Vaccination in Bombay 1913-1923 - 1913-1923
Year: 1913
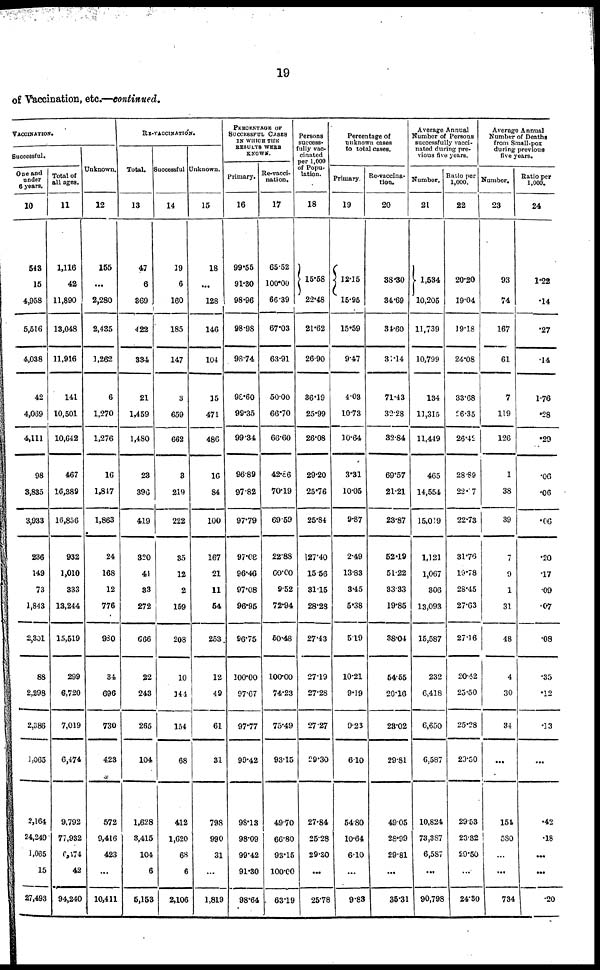
19
of Vaccination, etc.—continued.
VACCINATION.
Successful.
One and
under
6 years.
10
543
15
4,958
5,516
4,038
42
4,069
4,111
98
3,835
3,933
236
149
73
1,843
2,301
88
2,298
2,386
1,065
2,164
24,249
1,065
15
27,493
Total of
all ages.
11
1,116
42
11,890
13,048
11,916
141
10,501
10,642
467
16,389
16,856
932
1,010
333
13,244
15,519
299
6,720
7,019
6,474
9,792
77,932
6,474
42
94,240
Unknown.
12
155
...
2,280
2,435
1,262
6
1,270
1,276
16
1,847
1,863
24
168
12
776
980
34
696
730
423
572
9,416
423
...
10,411
RE-VACCINATION.
Total.
13
47
6
369
422
334
21
1,459
1,480
23
396
419
320
41
33
272
666
22
243
265
104
1,628
3,415
104
6
5,153
Successful
14
19
6
160
185
147
3
659
662
3
219
222
35
12
2
159
208
10
144
154
68
412
1,620
68
6
2,106
Unknown.
15
18
...
128
146
104
15
471
486
16
84
100
167
21
11
54
253
12
49
61
31
798
990
31
...
1,819
PERCENTAGE OF
SUCCESSFUL CASES
IN WHICH THE
RESULTS WERE
KNOWN.
Primary.
16
99.55
91.30
98.96
98.98
98.74
98.60
99.35
99.34
96.89
97.82
97.79
97.08
96.46
97.08
96.95
96.75
100.00
97.67
97.77
99.42
98.13
98.09
99.42
91.30
98.64
Re-vacci-
nation.
17
65.52
100.00
66.39
67.03
63.91
50.00
66.70
66.60
42.86
70.19
69.59
22.88
60.00
9.52
72.94
50.48
100.00
74.23
75.49
93.15
49.70
66.80
93.15
100.00
63.19
Persons
success-
fully vac-
cinated
per 1,000
of Popu-
lation.
18
15.58
22.48
21.62
26.90
36.19
25.99
26.08
29.20
25.76
25.84
27.40
15.56
31.15
28.23
27.43
27.19
27.28
27.27
29.30
27.84
25.28
29.30
...
25.78
Percentage of
unknown cases
to total cases.
Primary.
19
12.15
15.95
15.59
9.47
4.03
10.73
10.64
3.31
10.05
9.87
2.49
13.83
3.45
5.38
5.19
10.21
9.19
9.23
6.10
54.80
10.64
6.10
...
9.83
Re-vaccina-
tion.
20
38.30
34.69
34.60
31.14
71.43
32.28
32.84
69.57
21.21
23.87
52.19
51.22
33.33
19.85
38.04
54.55
20.16
23.02
29.81
49.05
28.99
29.81
...
35.31
Average Annual
Number of Persons
successfully vacci-
nated during pre-
vious five years.
Number.
21
1,534
10,205
11,739
10,799
134
11,315
11,449
465
14,554
15,019
1,121
1,067
306
13,093
15,587
232
6,418
6,650
6,587
10,824
73,387
6,587
...
90,798
Ratio per
1,000.
22
20.20
19.04
19.18
24.08
33.68
26.35
26.42
28.89
22.17
22.73
31.76
19.78
28.45
27.63
27.16
20.42
23.50
25.28
29.50
29.53
23.82
29.50
...
24.30
Average Annual
Number of Deaths
from Small-pox
during previous
five years.
Number.
23
93
74
167
61
7
119
126
1
38
39
7
9
1
31
48
4
30
34
...
154
580
...
...
734
Ratio per
1,000.
24
1.22
.14
.27
.14
1.76
.28
.29
.06
.06
.06
.20
.17
.09
.07
.08
.35
.12
.13
...
.42
.18
...
...
.20